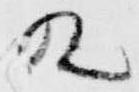
殿